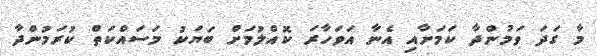
މާ ގަދަ ވަމުންދާ ކަމަށާއި އެނާ އަވަހާރަ ކޮއްލުމަށް ބަޔަކު މަސައްކަތް ކުރަމުންދާ